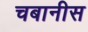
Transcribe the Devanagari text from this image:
चबानीस